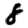
Digit: 8